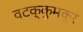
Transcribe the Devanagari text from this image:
वटक्कुमकूर